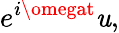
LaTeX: e^{i\omegat}\mathit{u},